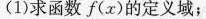
(1)求函数f(x)的定义域；